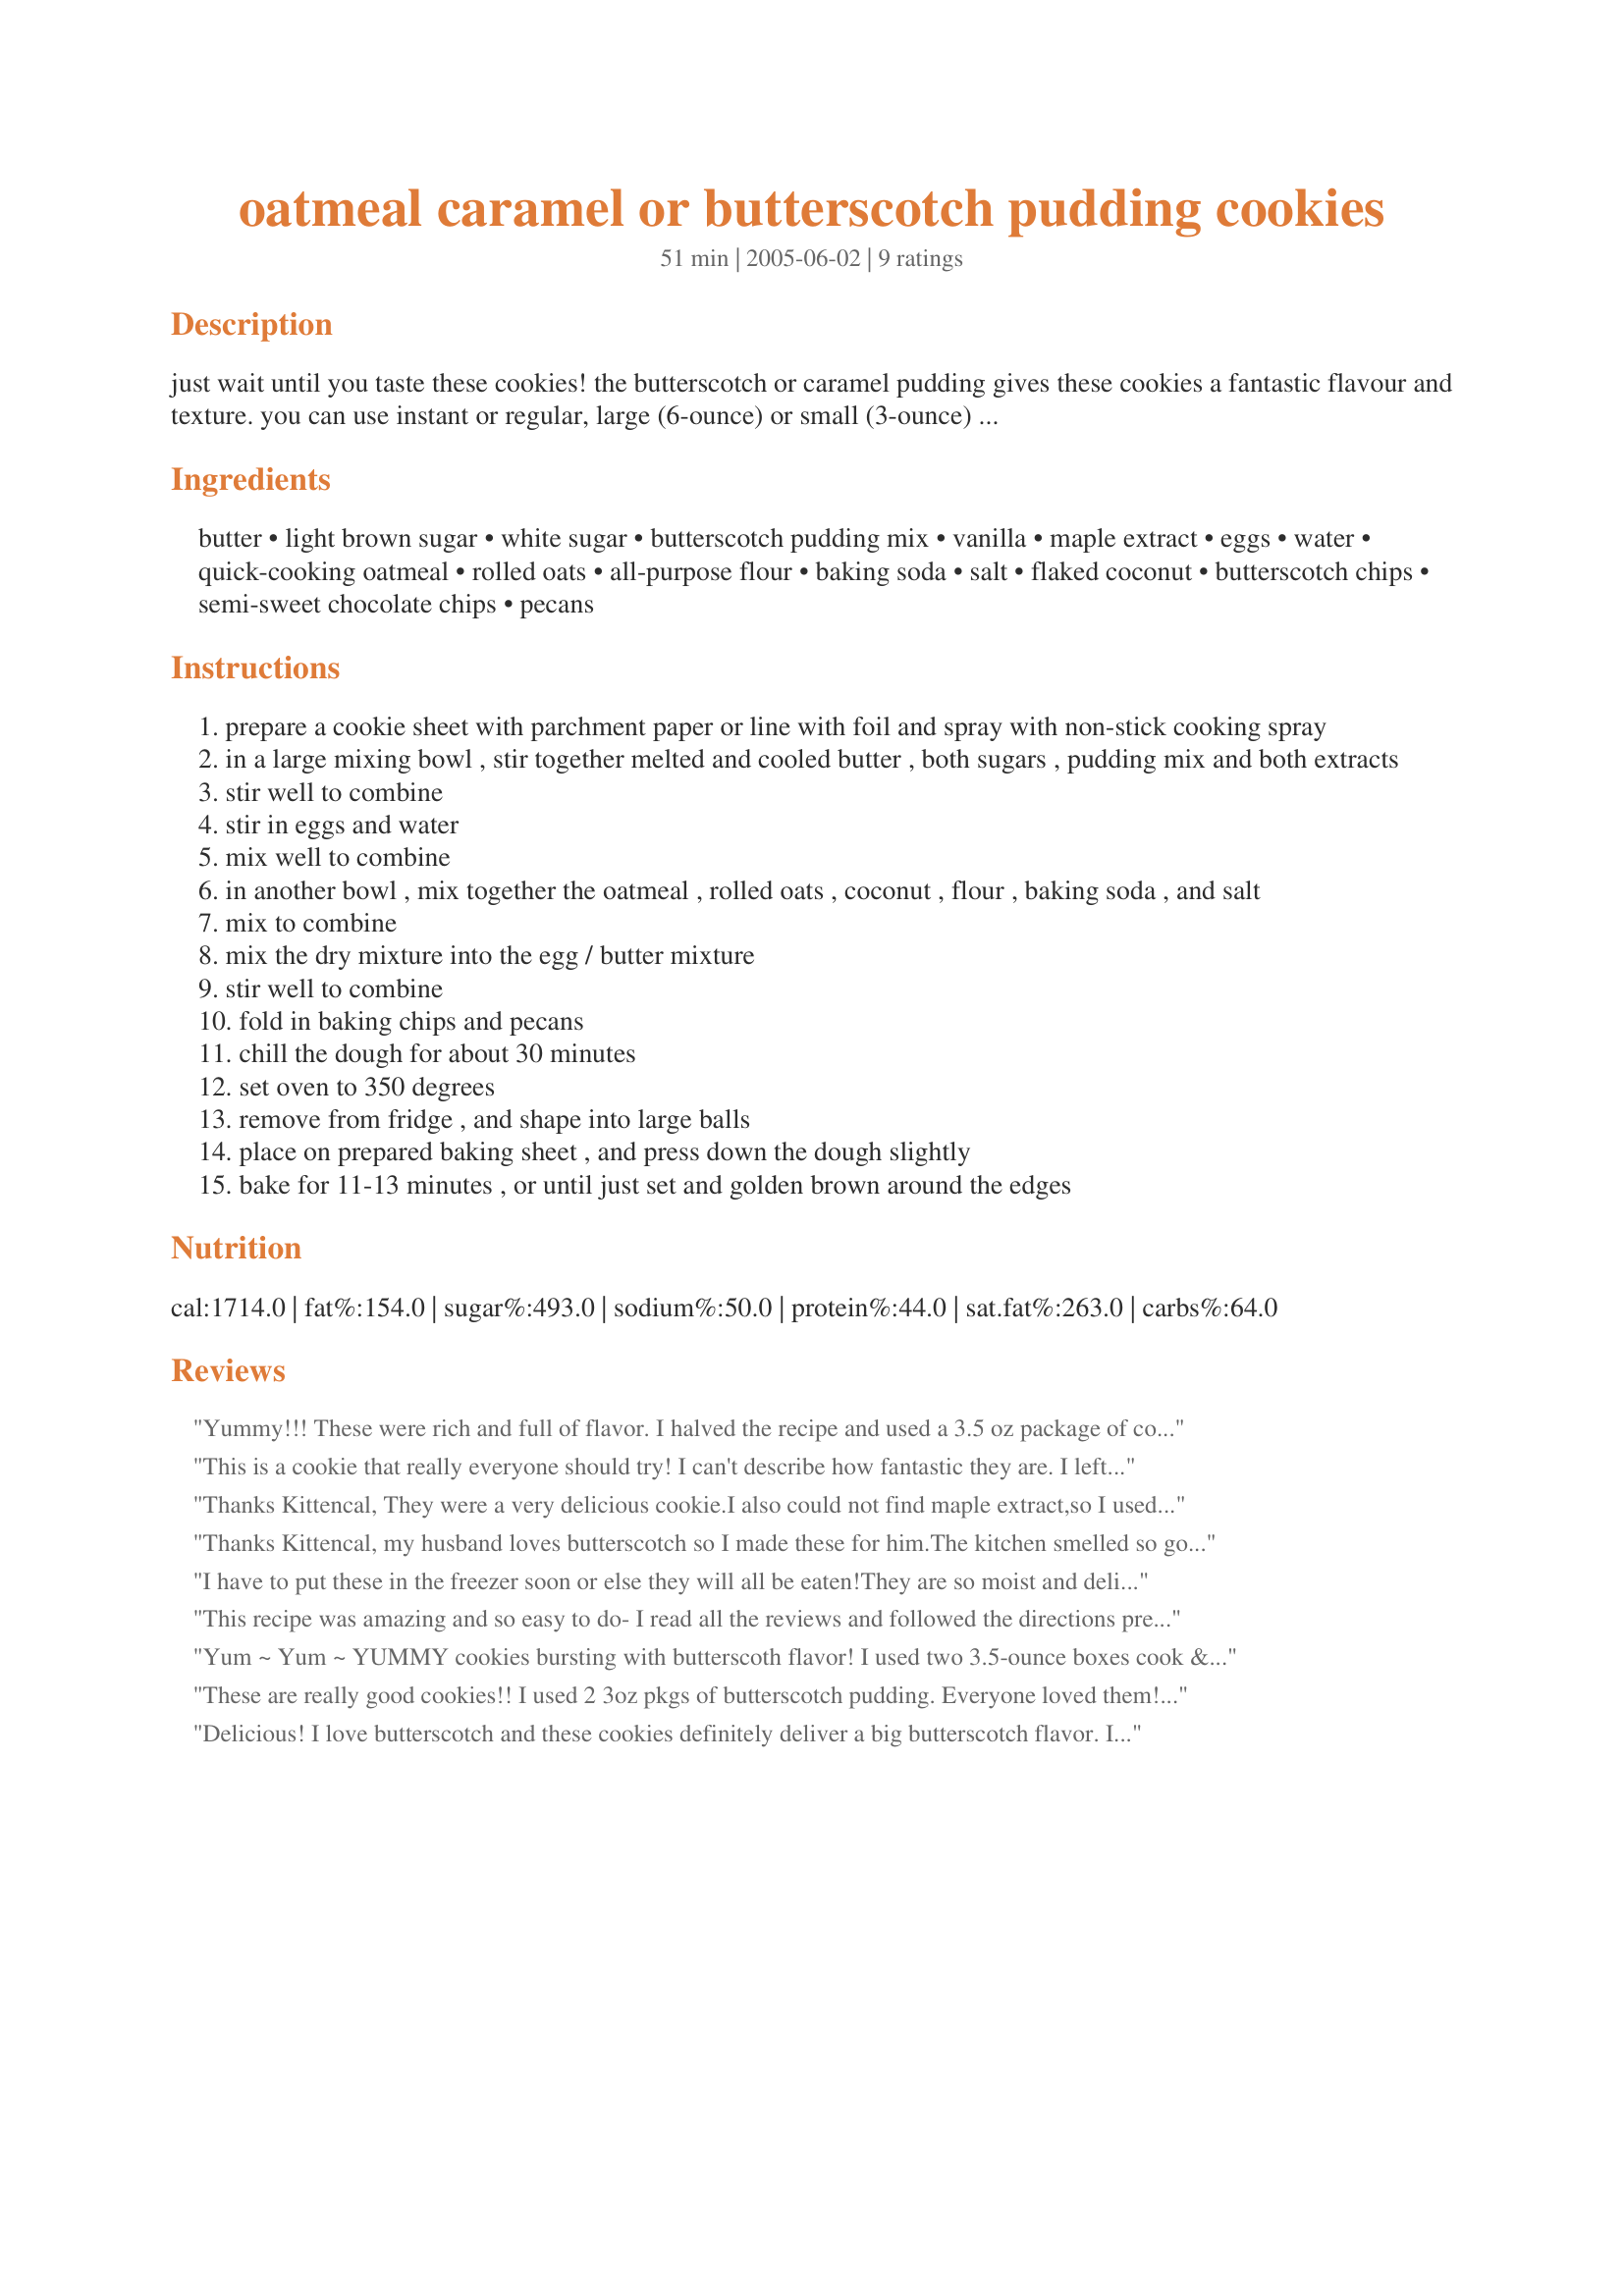
oatmeal caramel or butterscotch pudding cookies
Preparation time: 51 minutes

just wait until you taste these cookies! the butterscotch or caramel pudding gives these cookies a fantastic flavour and texture. you can use instant or regular, large (6-ounce) or small (3-ounce) box and butterscotch or caramel pudding mix! plan ahead, this dough needs to be chilled for 30 minutes before shaping and baking. yield amount is only estimated.

Ingredients:
butter, light brown sugar, white sugar, butterscotch pudding mix, vanilla, maple extract, eggs, water, quick-cooking oatmeal, rolled oats, all-purpose flour, baking soda, salt, flaked coconut, butterscotch chips, semi-sweet chocolate chips, pecans

Steps:
prepare a cookie sheet with parchment paper or line with foil and spray with non-stick cooking spray
in a large mixing bowl , stir together melted and cooled butter , both sugars , pudding mix and both extracts
stir well to combine
stir in eggs and water
mix well to combine
in another bowl , mix together the oatmeal , rolled oats , coconut , flour , baking soda , and salt
mix to combine
mix the dry mixture into the egg / butter mixture
stir well to combine
fold in baking chips and pecans
chill the dough for about 30 minutes
set oven to 350 degrees
remove from fridge , and shape into large balls
place on prepared baking sheet , and press down the dough slightly
bake for 11-13 minutes , or until just set and golden brown around the edges

Reviews:
Yummy!!! These were rich and full of flavor. I halved the recipe and used a 3.5 oz package of cook and serve butterscotch pudding, and got a bunch of thin, crispy cookies. I used a bit more chips than called for, and omitted the pecans. These were a great way to clean out the pantry! Thanks, Kittencal, for a new yummy!
This is a cookie that really everyone should try! I can't describe how fantastic they are. I left out the maple extract and nuts as I did not have them handy at the time I was making these cookies, they are still OUT OF THIS WORLD DELICIOUS! just try them! thank you so much for sharing this great cookie recipe KITTENCAL!
Thanks Kittencal,
They were a very delicious cookie.I also could not find maple extract,so I used maple syrup.Your recipe was easy to follow.
Thanks Kittencal, my husband loves butterscotch so I made these for him.The kitchen smelled so good while they were cooking, they turned out great and my husband has a new favorite cookie. I used maple syrup because I did'nt have extract. It worked fine.
I have to put these in the freezer soon or else they will all be eaten!They are so moist and delicious!I made a few changes to this recipe for my own preferences.I used whole wheat flour,white chocolate chunks instead of butterscotch and maple syrup because I did not have maple extract.I also omitted salt and pecans.I left them in for 11 minutes which made them nice and soft.I don't like a crispy cookie.Thanks for the great recipe!
This recipe was amazing and so easy to do- I read all the reviews and followed the directions precisely but when i cooked them mine kept coming out really flat/greasy/runny. i tried turning the oven temp down but that hardly helped. after adding another 1/2 cup of flour they're starting to look like normal cookies now :) so delicious!
Yum ~ Yum ~ YUMMY cookies bursting with butterscoth flavor! I used two 3.5-ounce boxes cook & serve butterscotch pudding and all butterscotch chips. I did not have regular rolled outs and so replaced them with an equal amount of flour ~ The substitution did not detract from the amazing texture of these impressive cookies. My husband, a dedicated lover of all things butterscotch, and I thank you Kitten for a great recipe!
These are really good cookies!! I used 2 3oz pkgs of butterscotch pudding. Everyone loved them!! Thanks for the recipe
Delicious! I love butterscotch and these cookies definitely deliver a big butterscotch flavor. I used (2) 3.5 oz boxes of cook-and-serve butterscotch pudding and made the same changes that Deb's Recipes did. I used an 11 oz. pkg. of butterscotch chips and no chocolate chips, and I used 2 cups of flour and left out the 1 cup rolled oats. Also, I chilled the dough overnight in the refrigerator. These cookies were a big hit on my holiday cookie tray.
*Made for the Cookathon for Kittencal*
